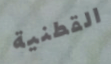
القطنية